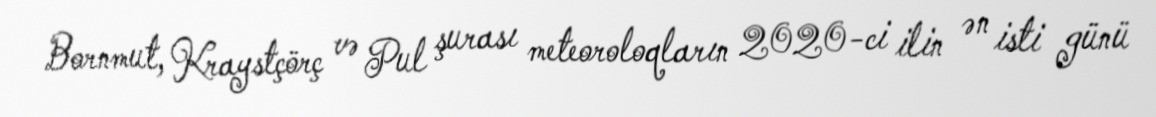
Bornmut, Kraystçörç və Pul şurası meteoroloqların 2020-ci ilin ən isti günü